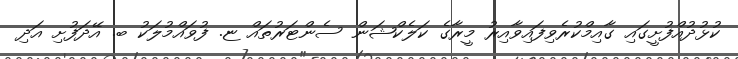
ކުޅުދުއްފުށީގައި ގާއިމްކުރެވިފައިވާއިރު މީރާގެ ކަލެކްޝަން ސެންޓަރުތައް ޏ. ފުވައްމުލަކު ބ. އޭދަފުށި އަދި